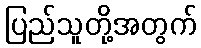
ပြည်သူတို့အတွက်